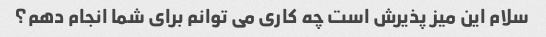
سلام این میز پذیرش است چه کاری می توانم برای شما انجام دهم؟